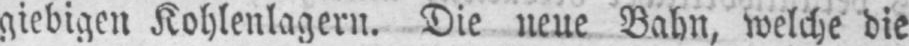
giebigen Kohlenlagern. Die neue Bahn, welche die